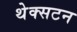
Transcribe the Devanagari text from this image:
थेक्सटन